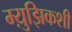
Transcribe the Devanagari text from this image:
म्य़ुझिकशी